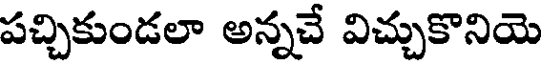
పచ్చికుండలా అన్నచే విచ్చుకొనియె